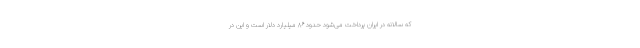
که سالانه در ایران پرداخت می‌شود حدود ۸۶ میلیارد دلار است و این در